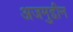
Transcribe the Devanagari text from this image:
अजमुद्दीन